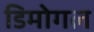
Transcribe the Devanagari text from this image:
डिमोगल